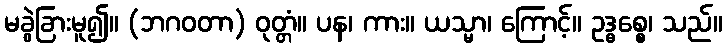
မခွဲခြားမူ၍။ (ဘဂဝတာ) ဝုတ္တံ။ ပန၊ ကား။ ယသ္မာ၊ ကြောင့်။ ဥဒ္ဓစ္စေ၊ သည်။